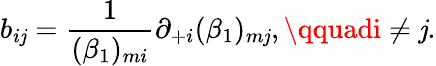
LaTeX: b_{i\mathit{j}}=\frac{{1}}{{(\beta_{1})_{mi}}}\partial_{+i}(\beta_{1})_{m\mathit{j}},\qquadi\ne\mathit{j}.